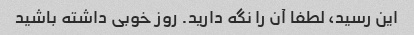
این رسید، لطفا آن را نگه دارید. روز خوبی داشته باشید